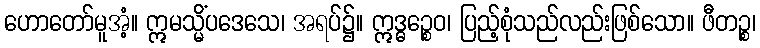
ဟောတော်မူအံ့။ ဣမသ္မိံပဒေသေ၊ အရပ်၌။ ဣဒ္ဓဉ္စေဝ၊ ပြည့်စုံသည်လည်းဖြစ်သော။ ဖီတဉ္စ၊